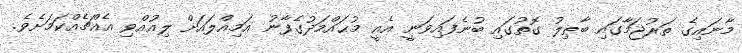
މާނައިގެ ތަރުޖަމާގައި ބާޠިލު ގޮތުގައި ބުނެފައިވަނީ އެއީ މުޙައްމަދުގެފާނު އަމިއްލައަށް ލިއުއްވި އެއްޗެއްކަމަށެވެ.